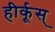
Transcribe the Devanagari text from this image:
हीर्कूस्